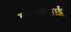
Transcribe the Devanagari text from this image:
बटरफ़्लाई